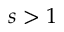
s > 1